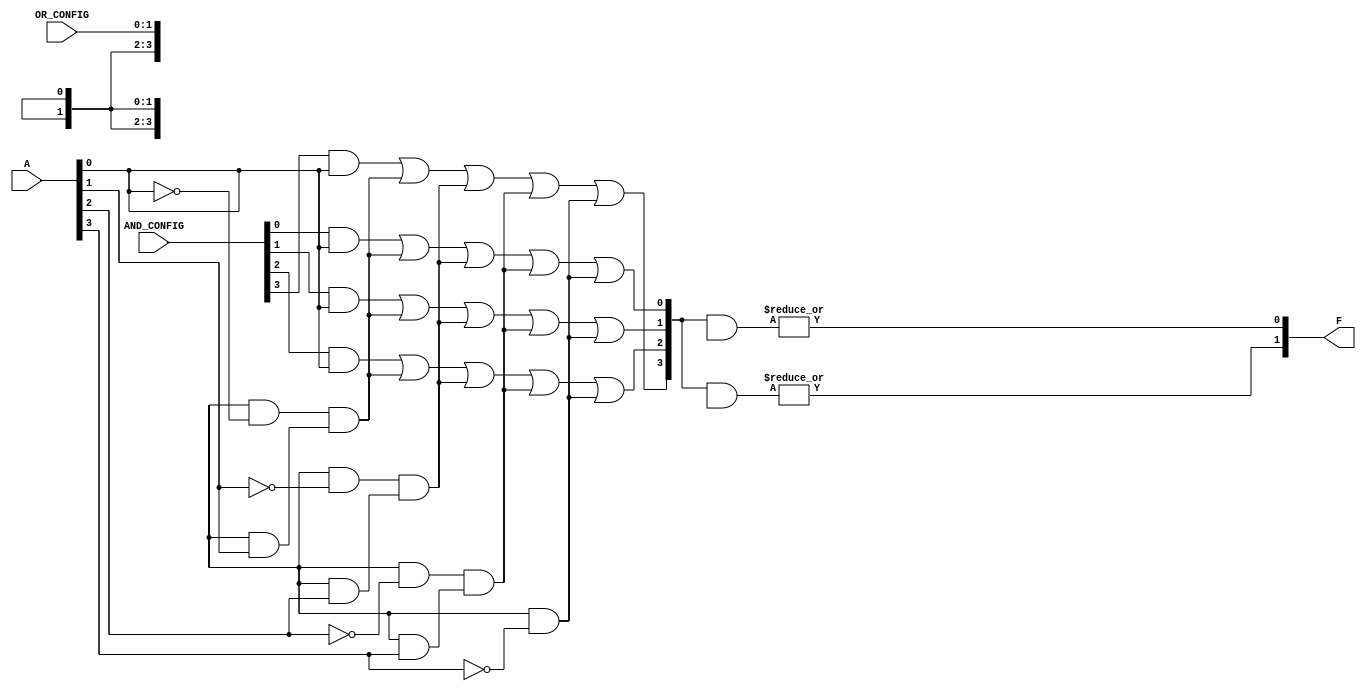
module PLA #(parameter NUM_INPUTS = 4,            // Number of inputs
             parameter NUM_AND_GATES = 4,        // Number of AND gates
             parameter NUM_OUTPUTS = 2)          // Number of outputs
(
    input wire [NUM_INPUTS-1:0] A,               // Input vector
    input wire [NUM_AND_GATES-1:0] AND_CONFIG,   // AND gate configuration
    input wire [NUM_OUTPUTS-1:0] OR_CONFIG,       // OR gate configuration
    output wire [NUM_OUTPUTS-1:0] F               // Output vector
);

// Internal wires for AND gate outputs
wire [NUM_AND_GATES-1:0] AND_out;

// Generate the AND array
genvar i, j;
generate
    for (i = 0; i < NUM_AND_GATES; i = i + 1) begin : AND_ARRAY
        assign AND_out[i] = (AND_CONFIG[i] & A[0]) | 
                            (AND_CONFIG[i+NUM_AND_GATES] & ~A[0]) &  // For inversion
                            (AND_CONFIG[i+2*NUM_AND_GATES] & A[1]) | 
                            (AND_CONFIG[i+3*NUM_AND_GATES] & ~A[1]) & // For inversion
                            (AND_CONFIG[i+4*NUM_AND_GATES] & A[2]) | 
                            (AND_CONFIG[i+5*NUM_AND_GATES] & ~A[2]) & // For inversion
                            (AND_CONFIG[i+6*NUM_AND_GATES] & A[3]) | 
                            (AND_CONFIG[i+7*NUM_AND_GATES] & ~A[3]);   // For inversion
    end
endgenerate

// Generate the OR array
generate
    for (j = 0; j < NUM_OUTPUTS; j = j + 1) begin : OR_ARRAY
        assign F[j] = |(AND_out & OR_CONFIG[j*NUM_AND_GATES +: NUM_AND_GATES]);
    end
endgenerate

endmodule